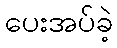
ပေးအပ်ခဲ့